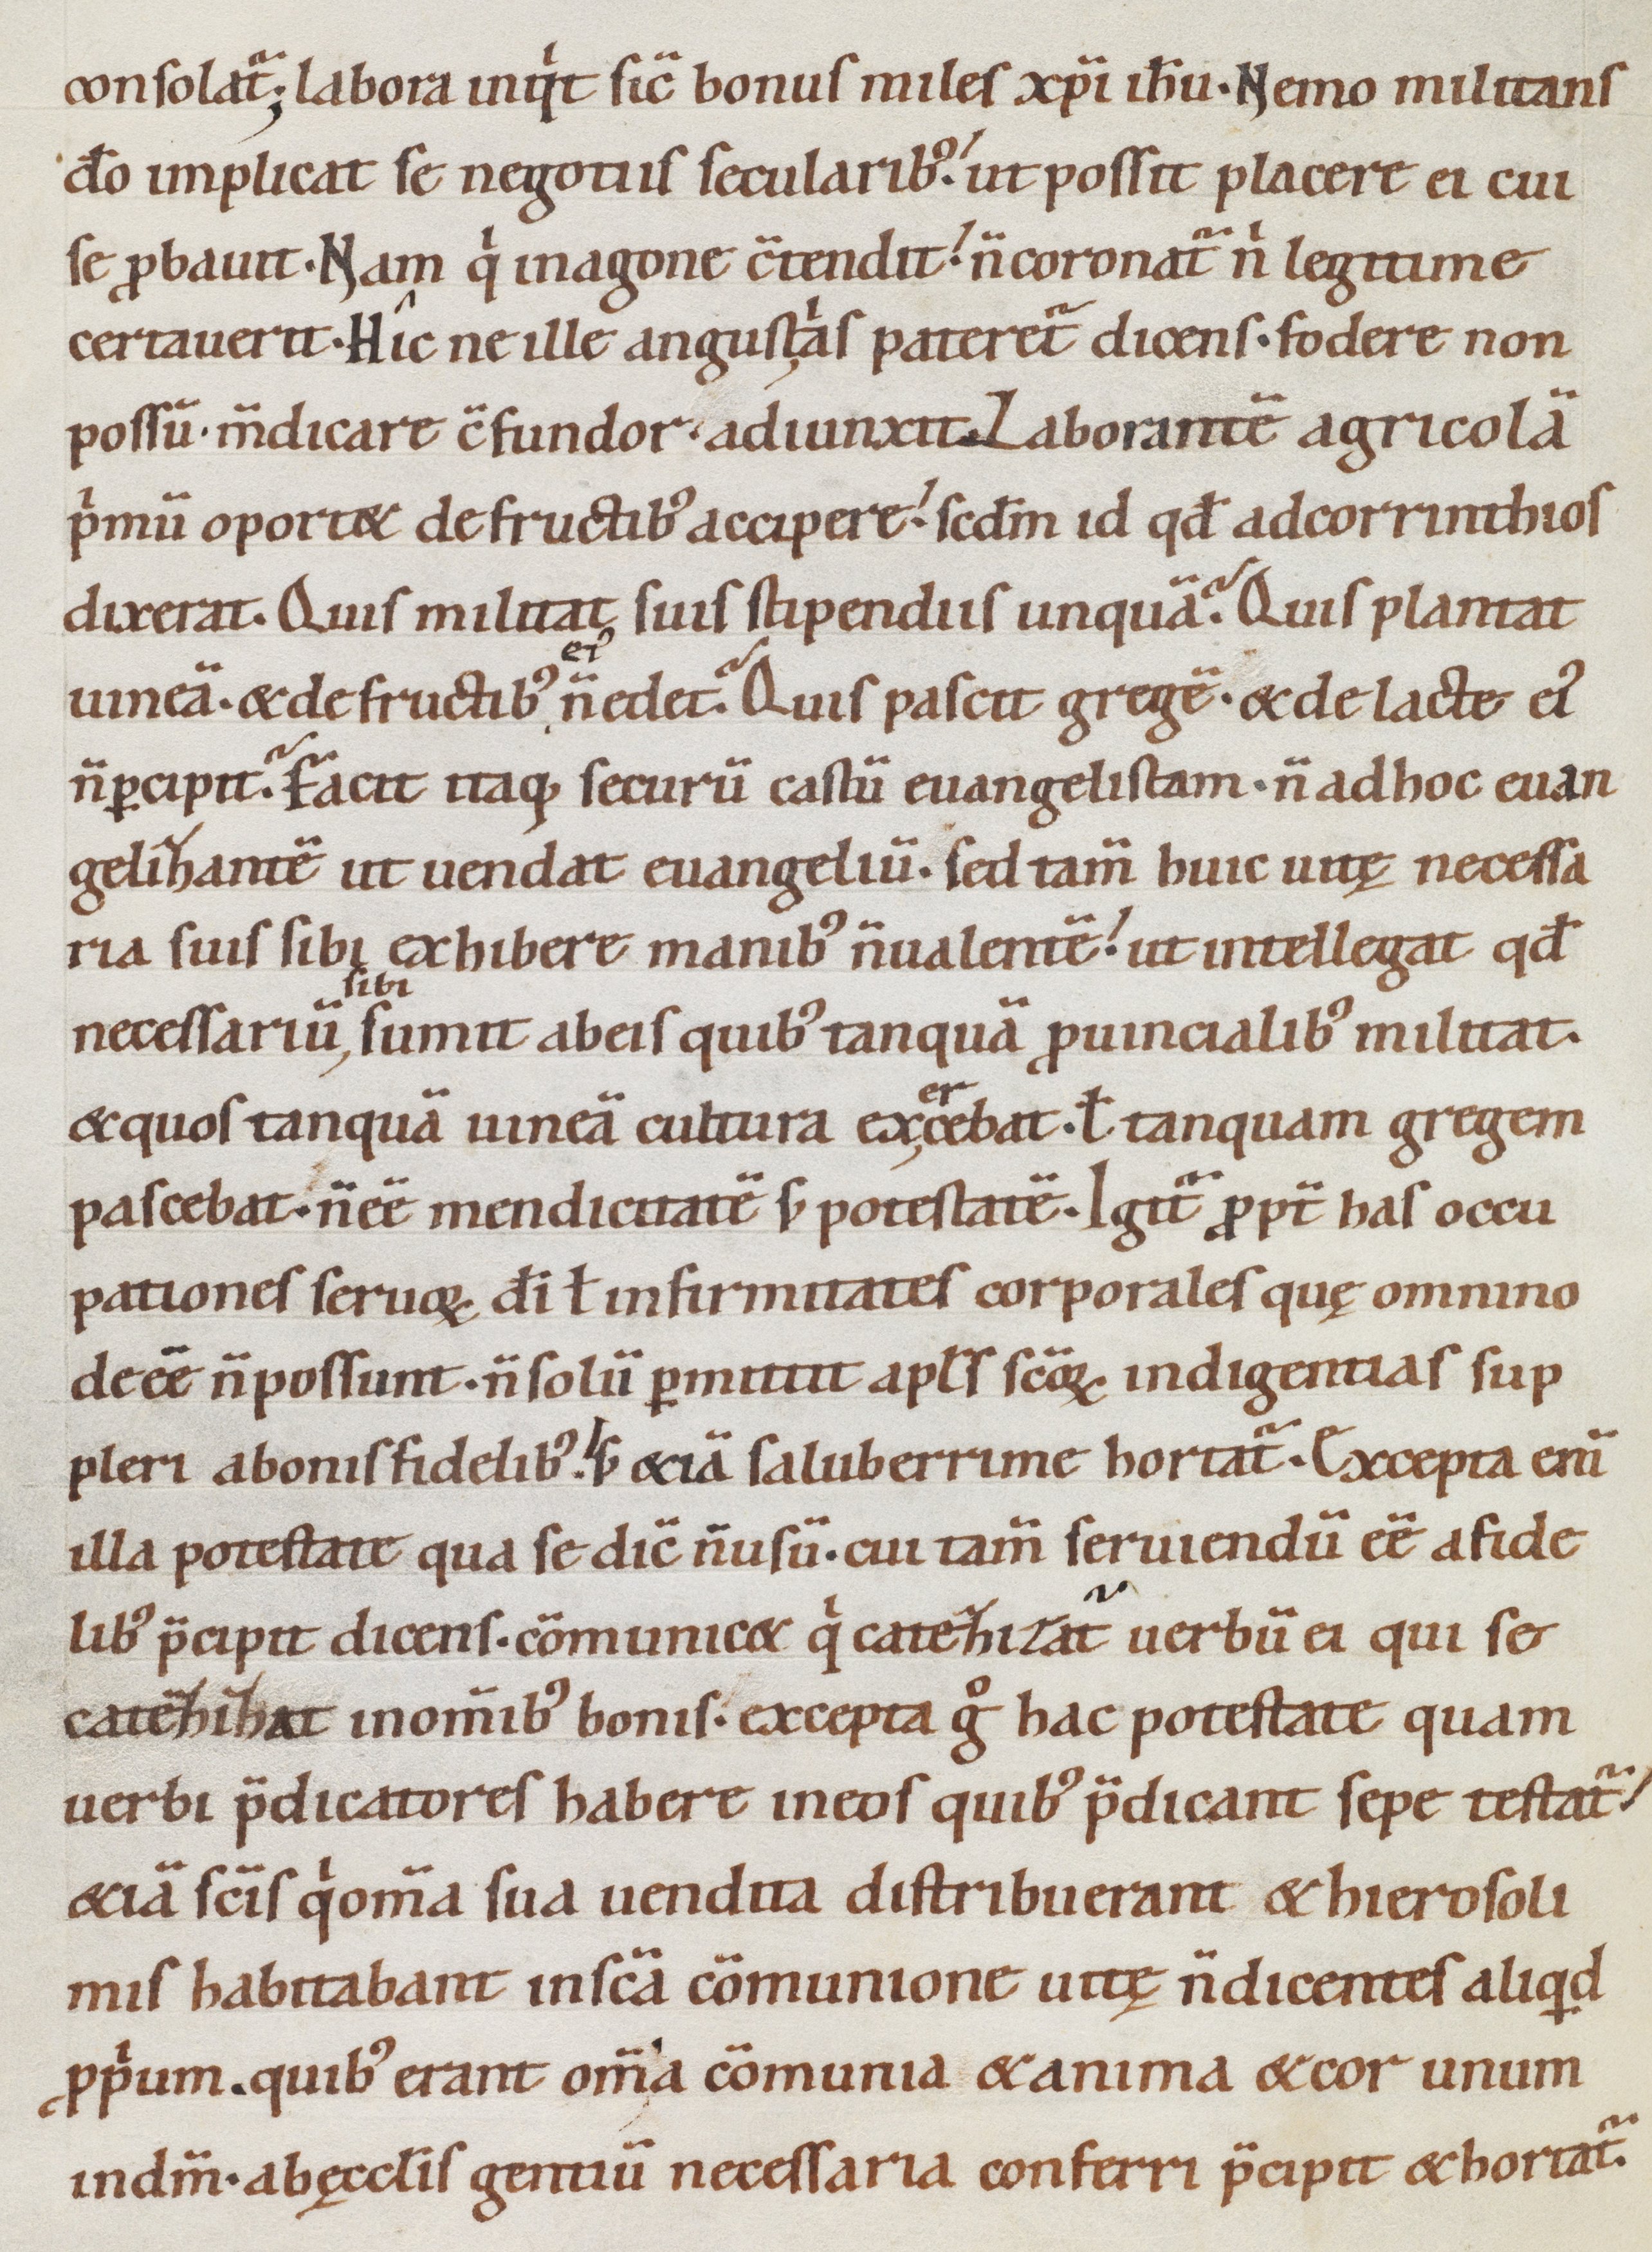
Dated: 1080–1096